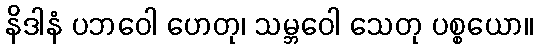
နိဒါနံ ပဘဝေါ ဟေတု၊ သမ္ဘဝေါ သေတု ပစ္စယော။